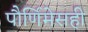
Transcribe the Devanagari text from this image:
पौर्णिमेसही